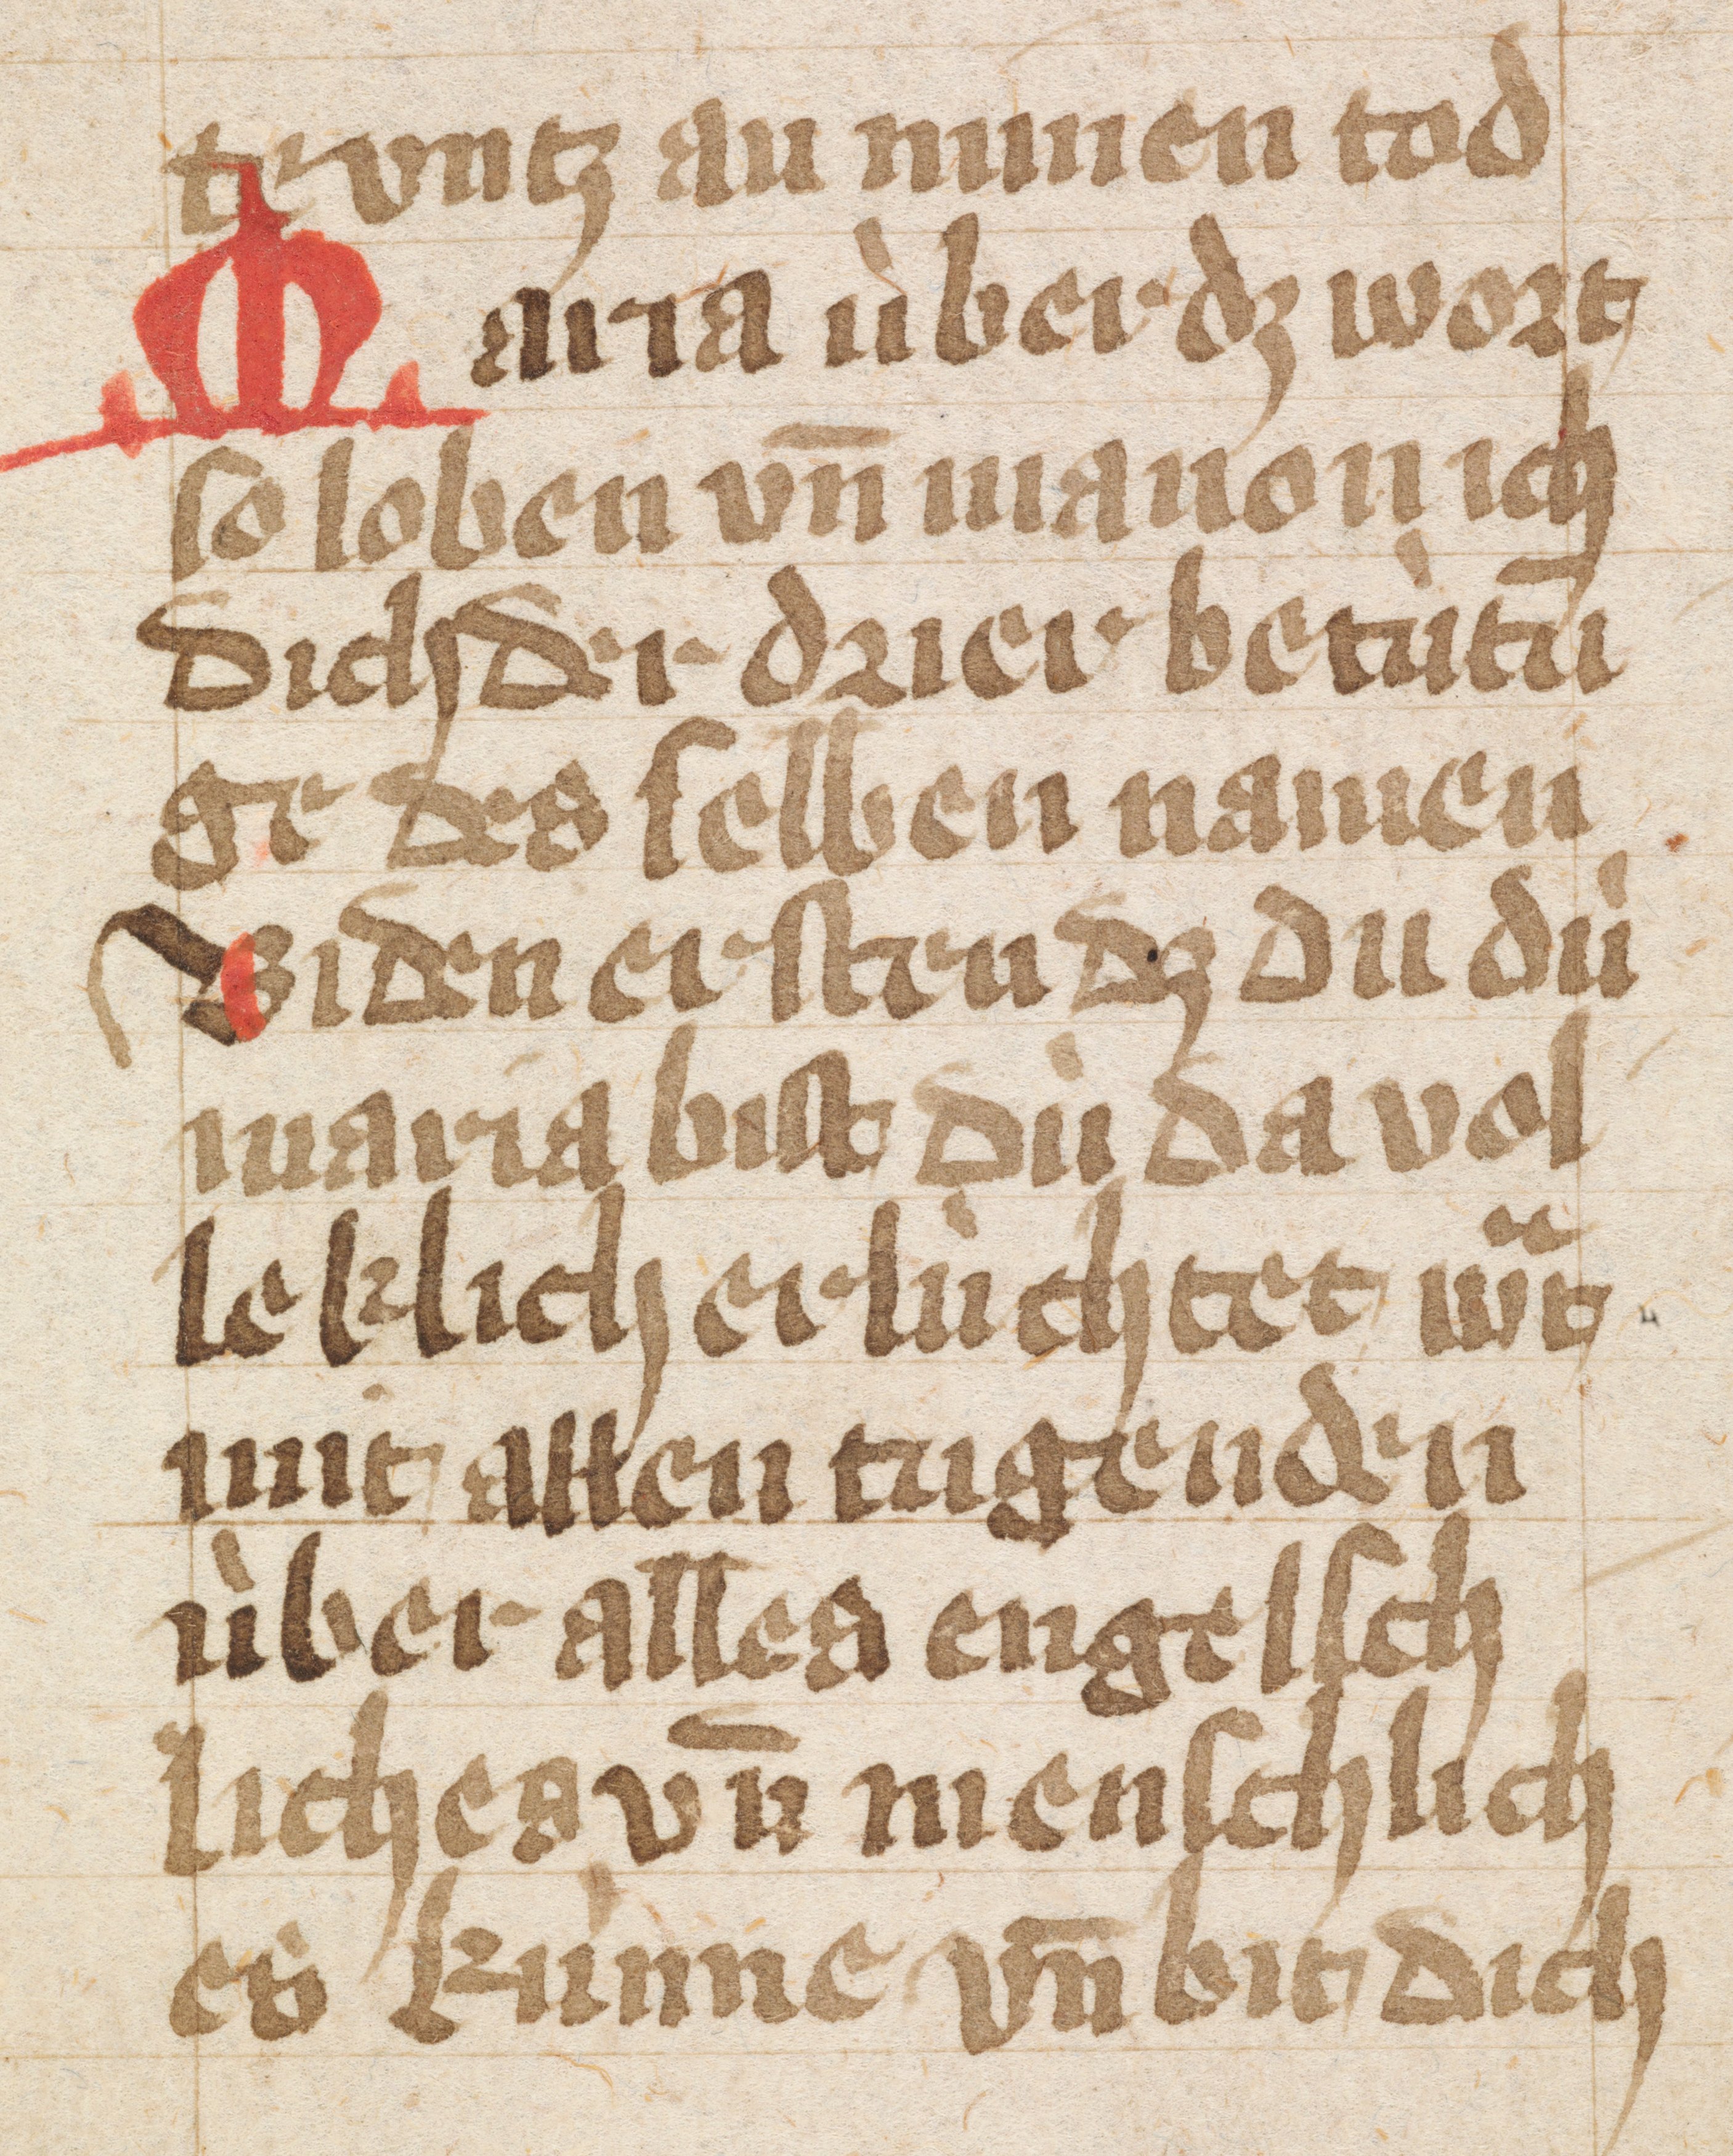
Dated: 1400–1499